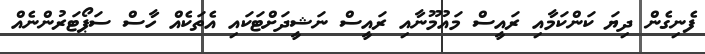
ފެނިގެން ދިޔަ ކަންކަމާއި ރައީސް މައުމޫނާއި ރައީސް ނަޝީދަށްޓަކައި އެތަކެއް ހާސް ސަޕޯޓަރުންނެއް